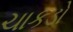
ચાકડો